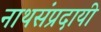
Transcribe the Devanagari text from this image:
नाथसंप्रदायी